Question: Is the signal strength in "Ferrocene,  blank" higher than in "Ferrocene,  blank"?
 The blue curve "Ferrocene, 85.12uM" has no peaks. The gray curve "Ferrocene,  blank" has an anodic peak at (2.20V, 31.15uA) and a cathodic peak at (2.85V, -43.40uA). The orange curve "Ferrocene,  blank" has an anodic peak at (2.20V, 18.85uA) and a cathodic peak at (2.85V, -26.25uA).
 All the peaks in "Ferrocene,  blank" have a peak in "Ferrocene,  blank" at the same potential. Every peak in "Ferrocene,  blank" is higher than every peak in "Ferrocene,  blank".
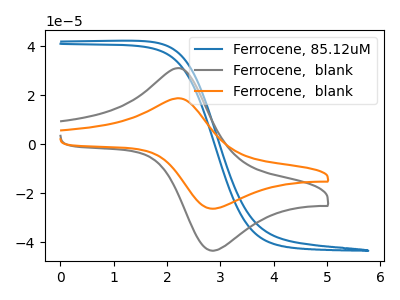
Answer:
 <answer>"Ferrocene,  blank" has more signal than "Ferrocene,  blank".</answer>
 <eval>more_signal</eval>